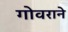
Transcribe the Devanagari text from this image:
गोवराने